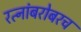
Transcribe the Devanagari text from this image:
रत्‍नांबरोबरच